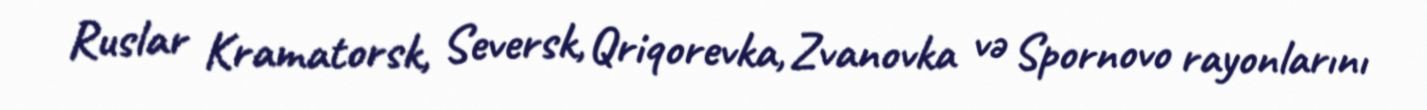
Ruslar Kramatorsk, Seversk, Qriqorevka, Zvanovka və Spornovo rayonlarını